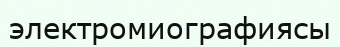
электромиографиясы